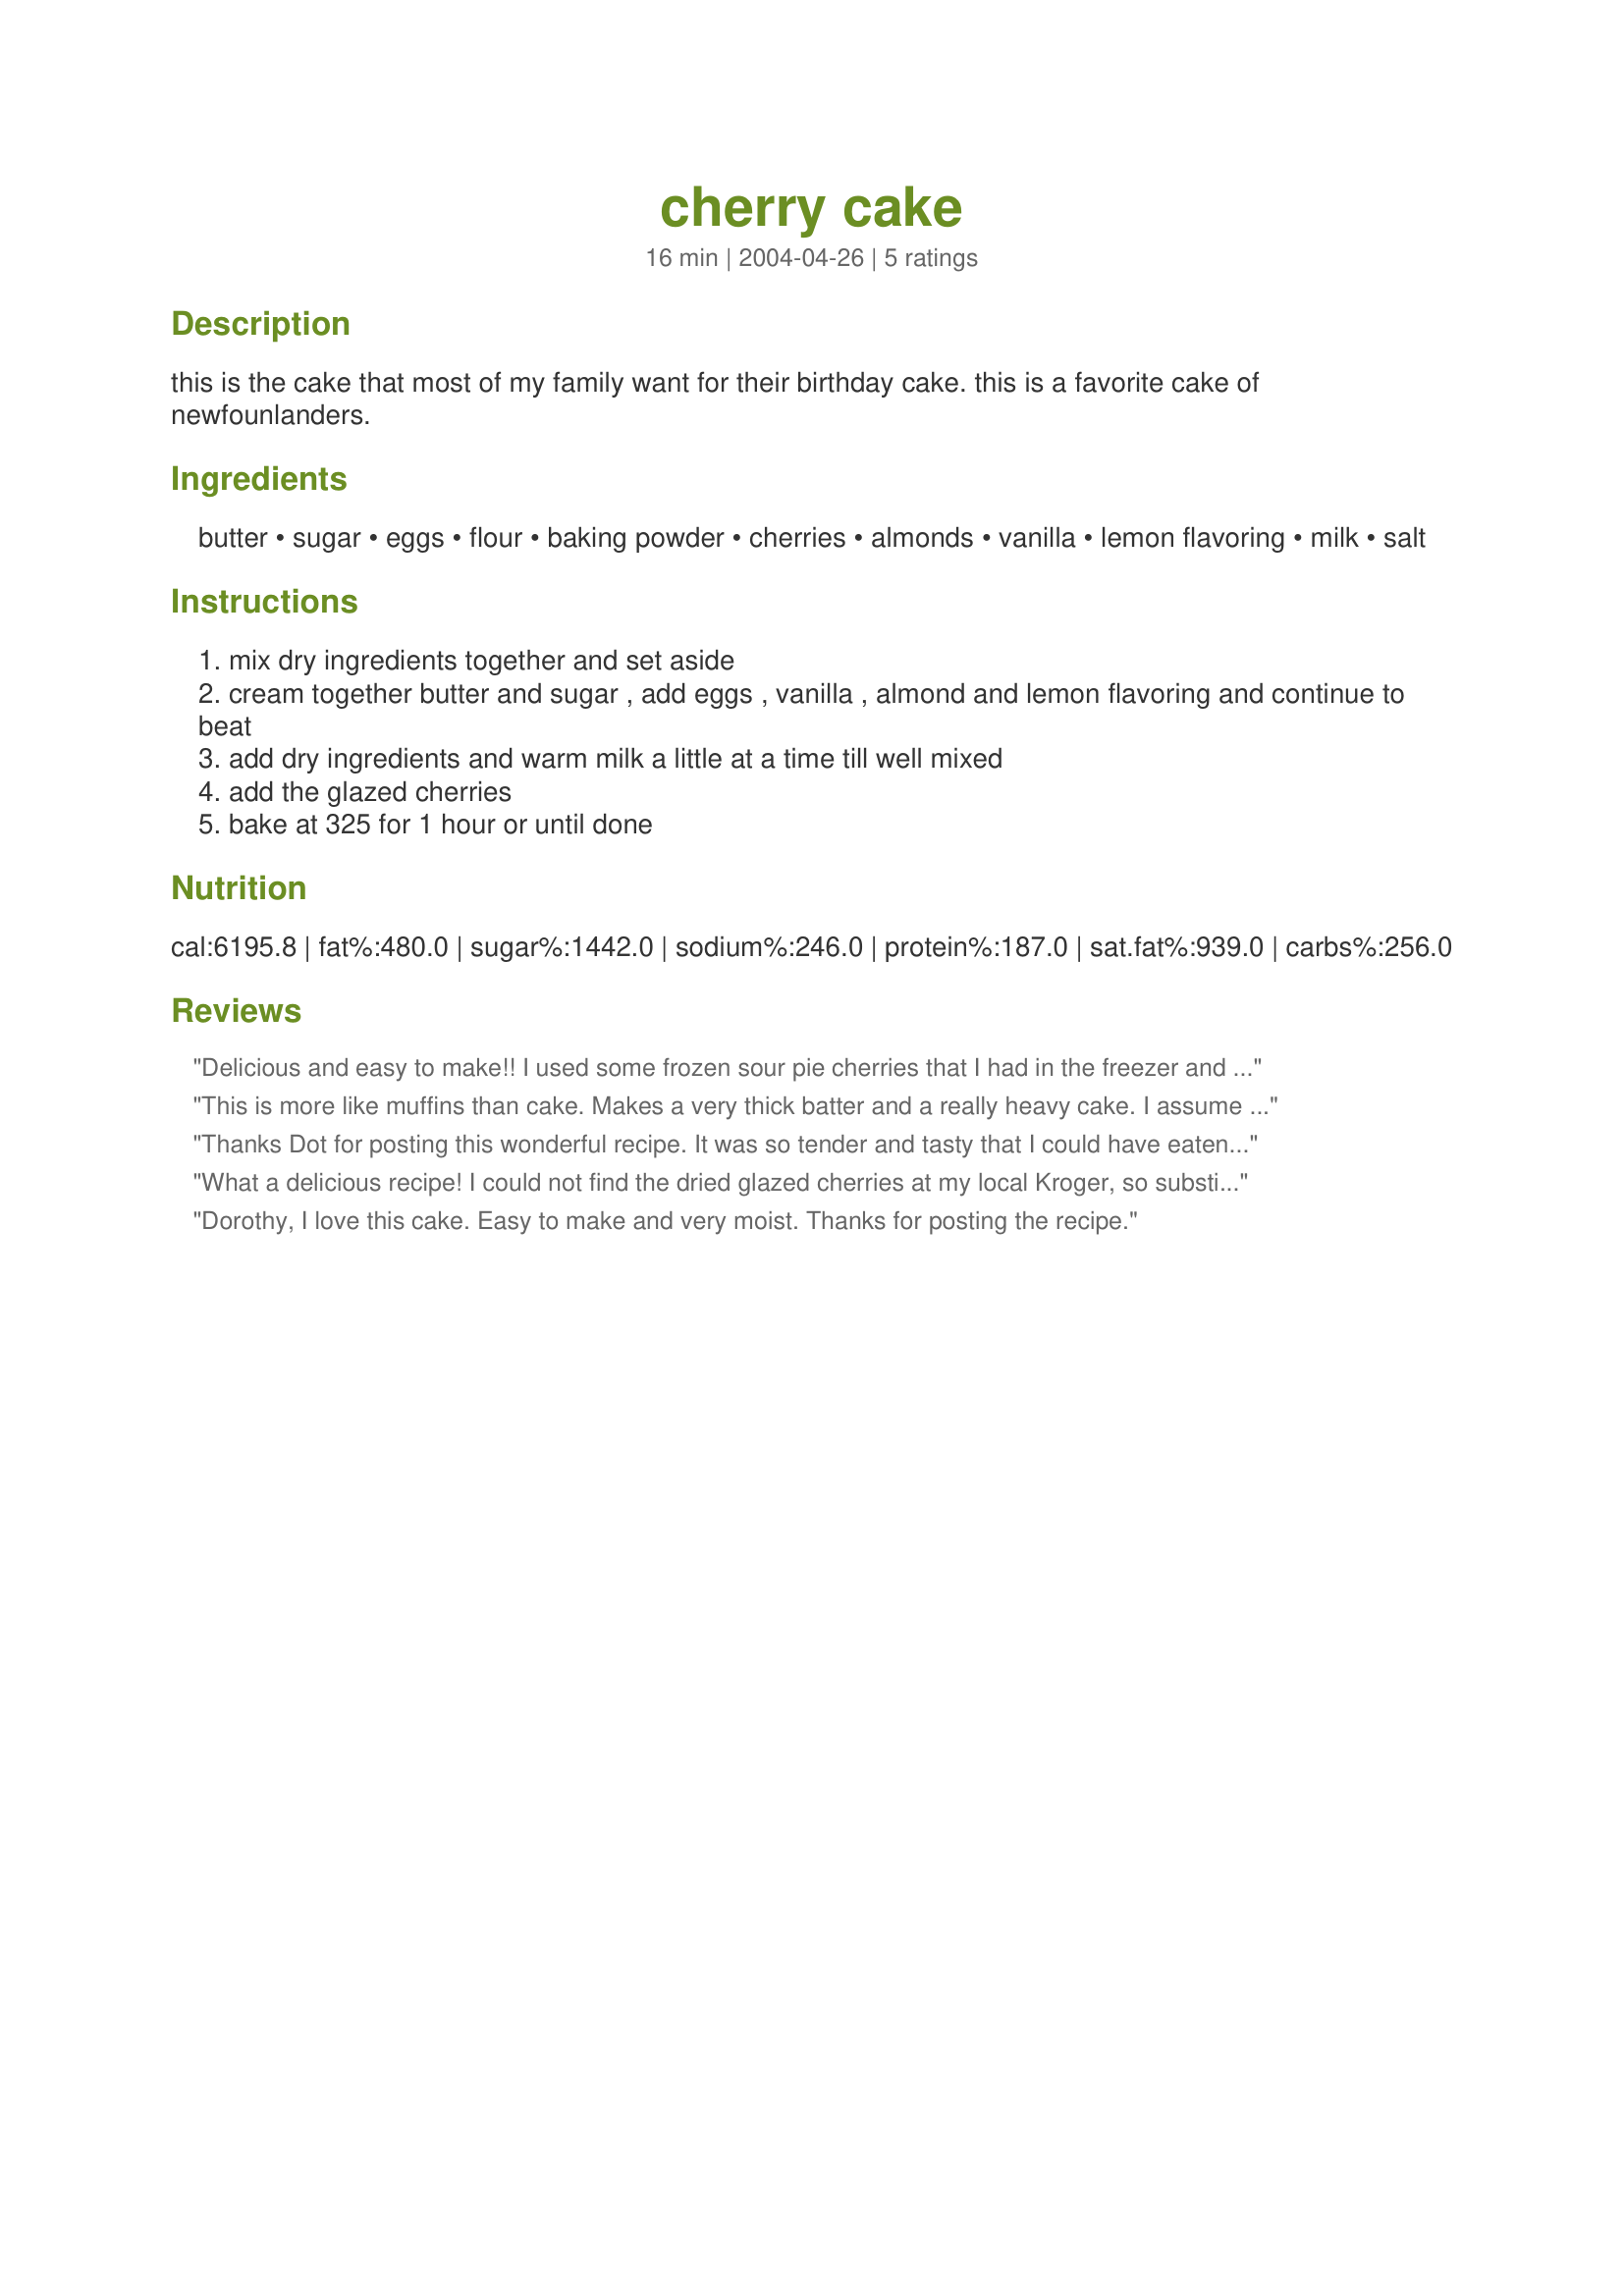
cherry cake
Preparation time: 16 minutes

this is the cake that most of my family want for their birthday cake. this is a favorite cake of newfounlanders.

Ingredients:
butter, sugar, eggs, flour, baking powder, cherries, almonds, vanilla, lemon flavoring, milk, salt

Steps:
mix dry ingredients together and set aside
cream together butter and sugar , add eggs , vanilla , almond and lemon flavoring and continue to beat
add dry ingredients and warm milk a little at a time till well mixed
add the glazed cherries
bake at 325 for 1 hour or until done

Reviews:
Delicious and easy to make!! I used some frozen sour pie cherries that I had in the freezer and I frosted it with a buttercream icing. It is now a household favorite!
This is more like muffins than cake. Makes a very thick batter and a really heavy cake. I assume that the "almonds" ingredient is meant to be almond extract, but even with all three extracts, it's pretty bland.
Thanks Dot for posting this wonderful recipe. It was so tender and tasty that I could have eaten it all by myself. I halfed the recipe very easily and it still made a substantial size cake. This is a keeper for my personal cookbook.
What a delicious recipe! I could not find the dried glazed cherries at my local Kroger, so substituted two cups of maraschino cherries (without the liquid). It turned the batter a lovely pink. I frosted it with recipe #122632 and it was the best cake I have ever made. Highly recommend!
Dorothy, I love this cake. Easy to make and very moist. Thanks for posting the recipe.
